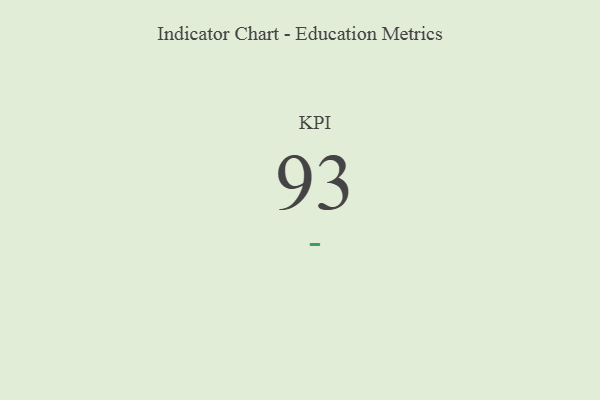
{"axis": {"x": "KPI", "y": "Value"}, "legend": [""], "data": [{"x": "KPI", "y": 93, "type": ""}]}